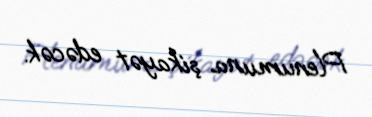
Plenumuna şikayət edəcək.